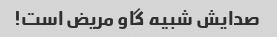
صدایش شبیه گاو مریض است!